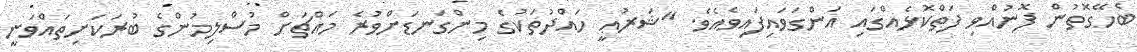
ބެހޭގޮތުން ފޮނުއްވި ފަތްކޮޅެއްގައި އަންގަވައިފައިވެއެވެ. "ޝަރުޢީ ހައްދުތަކުގެ މިންގަނޑަށްވުރެ މައްޗަށް މުސްލިމުންގެ ބުރަކަށިތައްވަނީ